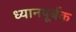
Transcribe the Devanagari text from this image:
ध्यानपूर्बक